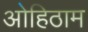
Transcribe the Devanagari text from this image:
ओहिठाम